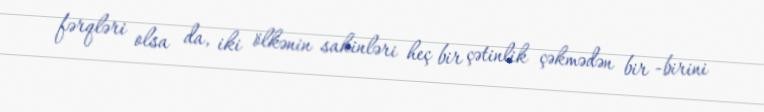
fərqləri olsa da, iki ölkənin sakinləri heç bir çətinlik çəkmədən bir -birini